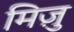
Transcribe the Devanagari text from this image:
मिज़ु